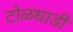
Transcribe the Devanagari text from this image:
टोळधाडी